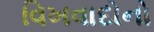
વિખવાદોનો